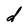
Character: d